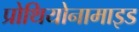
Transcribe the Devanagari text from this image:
प्रोथियोनामाइड